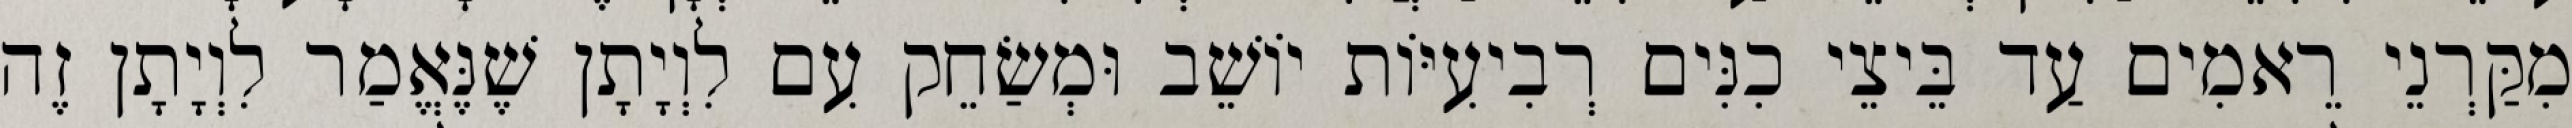
מִקַּרְנֵי רֵאמִים עַד בֵּיצֵי כִנִּים רְבִיעִיּוֹת יוֹשֵׁב וּמְשַׂחֵק עִם לִוְיָתָן שֶׁנֶּאֱמַר לִוְיָתָן זֶה